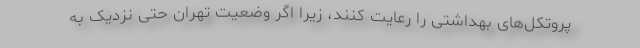
پروتکل‌های بهداشتی را رعایت کنند، زیرا اگر وضعیت تهران حتی نزدیک به